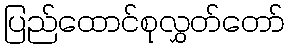
ပြည်ထောင်စုလွှတ်တော်